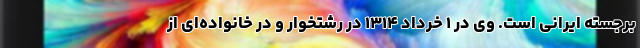
برجسته ایرانی است. وی در ۱ خرداد ۱۳۱۴ در رشتخوار و در خانواده‌ای از